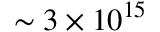
\sim 3 \times 1 0 ^ { 1 5 }